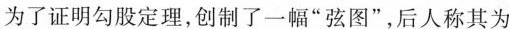
为了证明勾股定理，创制了一幅”弦图”，后人称其为